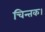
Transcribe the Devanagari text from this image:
चिन्तक।